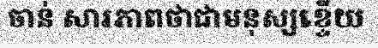
ចាន់ សារភាពថាជាមនុស្សខ្ទើយ